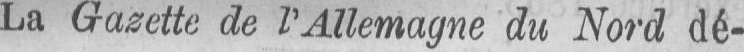
La Gazette de l’Allemagne du Nord dé-